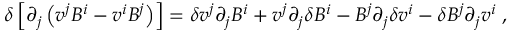
\delta \left[ \partial _ { j } \left( v ^ { j } B ^ { i } - v ^ { i } B ^ { j } \right) \right] = \delta v ^ { j } \partial _ { j } B ^ { i } + v ^ { j } \partial _ { j } \delta B ^ { i } - B ^ { j } \partial _ { j } \delta v ^ { i } - \delta B ^ { j } \partial _ { j } v ^ { i } \; ,